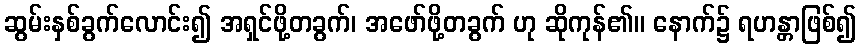
ဆွမ်းနှစ်ခွက်လောင်း၍ အရှင်ဖို့တခွက်၊ အဖော်ဖို့တခွက် ဟု ဆိုကုန်၏။ နောက်၌ ရဟန္တာဖြစ်၍